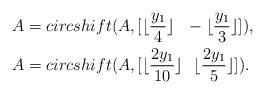
LaTeX: \begin{align*}&A=circshift(A,[\lfloor \frac{y_1}{4} \rfloor~~-\lfloor\frac{y_1}{3}\rfloor]),\\&A=circshift(A,[\lfloor \frac{2y_1}{10} \rfloor~~\lfloor\frac{2y_1}{5}\rfloor]).\end{align*}